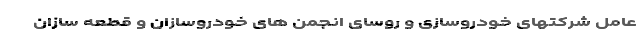
عامل شرکتهای خودروسازی و‌ روسای انجمن های خودروسازان و قطعه سازان